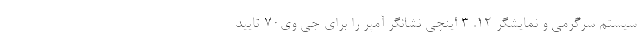
سیستم سرگرمی و نمایشگر 12. 3 اینچی نشانگر آمپر را برای جی وی70 تایید